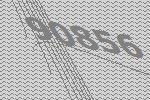
90856